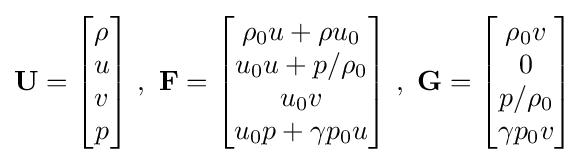
\mathbf {U} ={\begin{bmatrix}\rho \\u\\v\\p\\\end{bmatrix}}\ ,\ \mathbf {F} ={\begin{bmatrix}\rho _{0}u+\rho u_{0}\\u_{0}u+p/\rho _{0}\\u_{0}v\\u_{0}p+\gamma p_{0}u\\\end{bmatrix}}\ ,\ \mathbf {G} ={\begin{bmatrix}\rho _{0}v\\0\\p/\rho _{0}\\\gamma p_{0}v\\\end{bmatrix}}